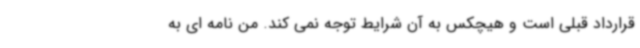
قرارداد قبلی است و هیچکس به آن شرایط توجه نمی کند. من نامه ای به